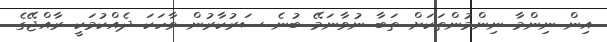
އިން ނިންމާ ނިންމުންތަކަށް ތަބާ ނުވާނަމޭ ބުނެ ސަރުކާރުން ވާހަކަ ދެއްކުމަކީ ރާއްޖޭގެ